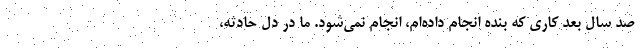
صد سال بعد کاری که بنده انجام داده‌ام، انجام نمی‌شود. ما در دل حادثه،